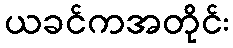
ယခင်ကအတိုင်း